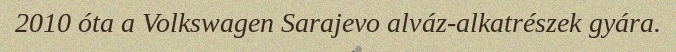
2010 óta a Volkswagen Sarajevo alváz-alkatrészek gyára.